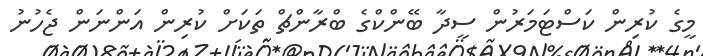
މީގެ ކުރިން ކަސްޓަމަރުން ސީދާ ބޭންކްގެ ބްރާންޗް ތަކަށް ކުރިން އަންނަން ޖެހުނު